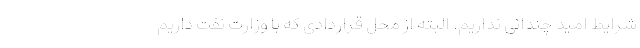
شرایط امید چندانی نداریم. البته از محل قراردادی که با وزارت نفت داریم